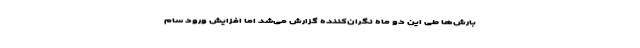
بارش‌ها طی این دو ماه نگران‌کننده گزارش می‌شد اما افزایش ورود سام